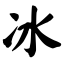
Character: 冰